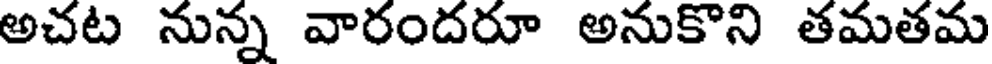
అచట నున్న వారందరూ అనుకొని తమతమ